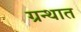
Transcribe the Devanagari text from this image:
ग्रन्थात